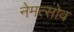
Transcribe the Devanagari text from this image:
नेमत्सोव